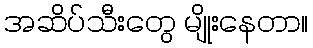
အဆိပ်သီးတွေ မျိုးနေတာ။